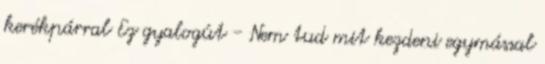
kerékpárral Ez gyalogút - Nem tud mit kezdeni egymással